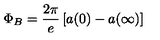
\Phi _ { B } = \frac { 2 \pi } e \left[ a ( 0 ) - a ( \infty ) \right]